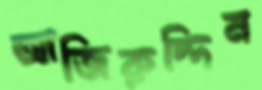
আজিরুদ্দিন